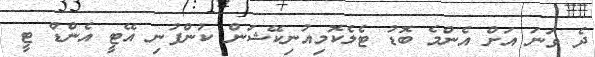
ދެ ވަނަ އަށް އެންމެ ބޮޑު ޓެލެކޮމިއުނިކޭޝަން ކުންފުނި އޭޓީ އެންޑް ޓީ